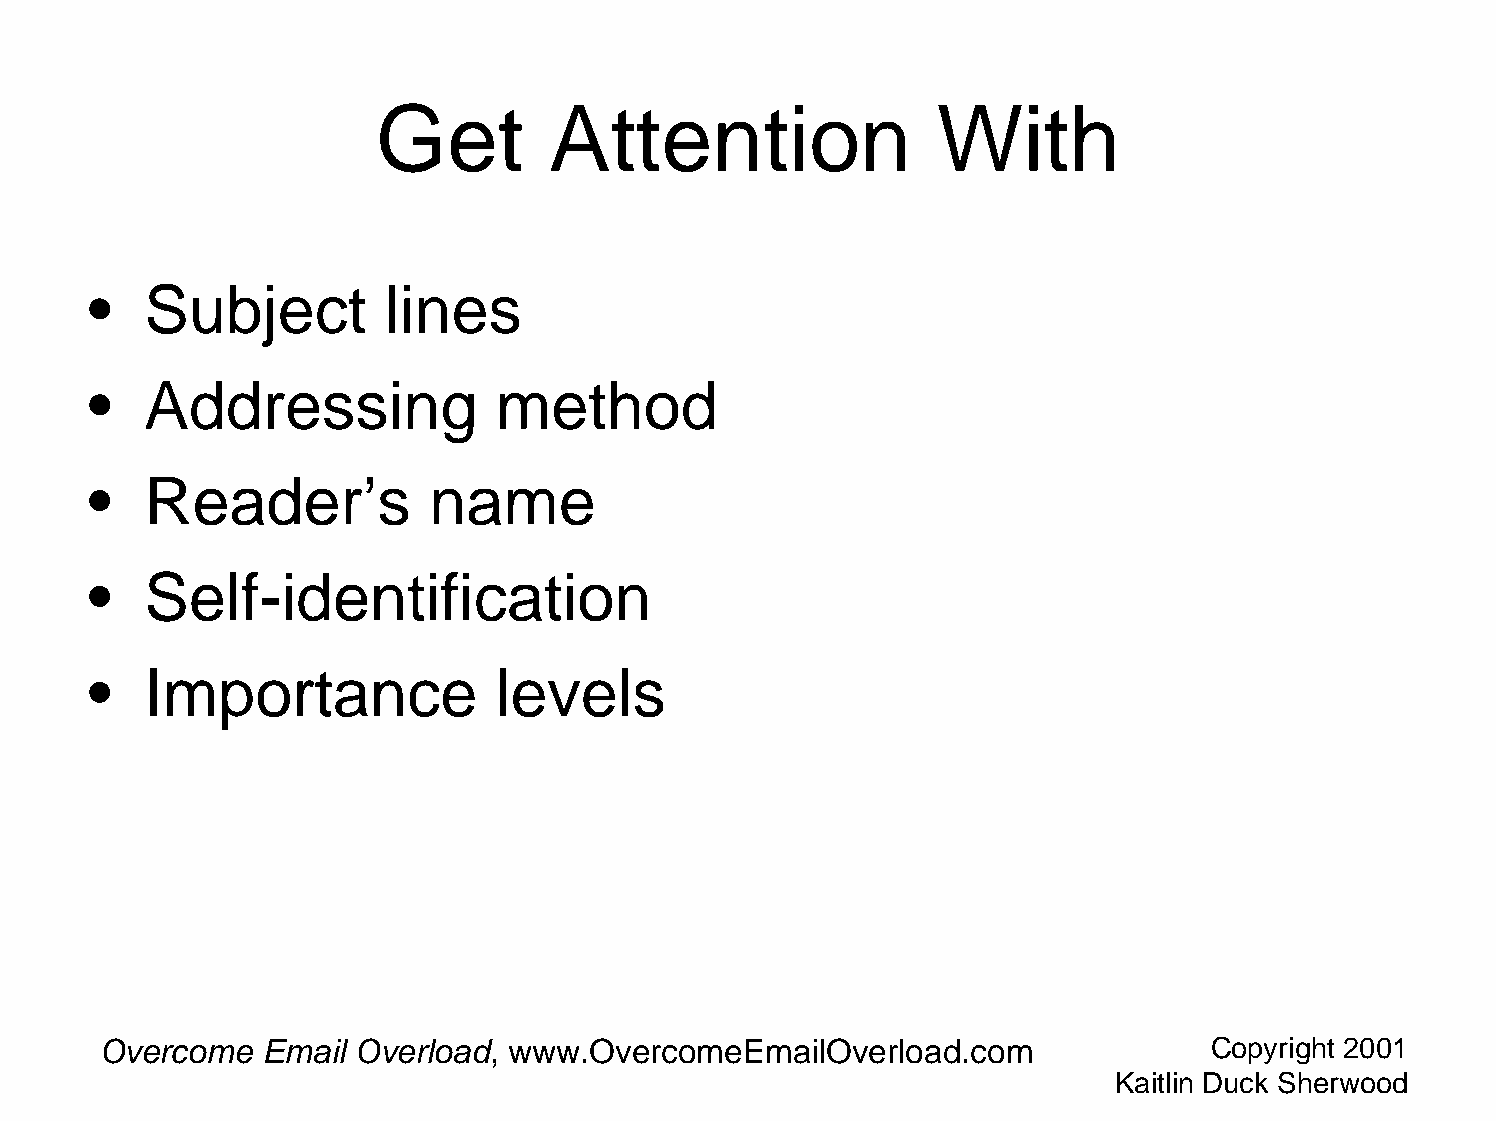
Get        Attention                 With
 •   Subject         lines
 •   Addressing             method
 •   Reader’s           name
 •   Self-identification
 •   Importance             levels
 Overcome  Email  Overload, www.OvercomeEmailOverload.com                 Copyright 2001
 Kaitlin Duck Sherwood